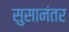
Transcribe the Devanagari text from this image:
सुसानंतर